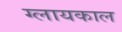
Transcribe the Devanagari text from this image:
ग्लायकाल